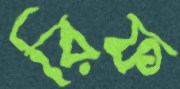
রিফ